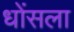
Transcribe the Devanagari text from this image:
धोंसला